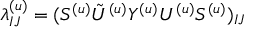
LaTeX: \lambda _ { I J } ^ { ( u ) } = ( S ^ { ( u ) } { \tilde { U } ^ { ( u ) } } Y ^ { ( u ) } U ^ { ( u ) } S ^ { ( u ) } ) _ { I J }